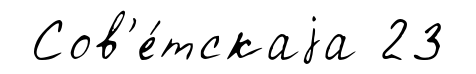
Сов'е́тскаjа 23